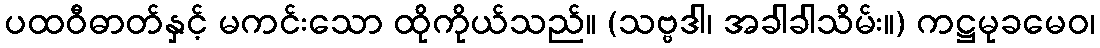
ပထဝီဓာတ်နှင့် မကင်းသော ထိုကိုယ်သည်။ (သဗ္ဗဒါ၊ အခါခါသိမ်း။) ကဋ္ဌမုခမေဝ၊